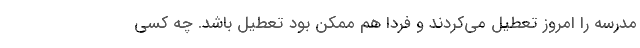
مدرسه را امروز تعطیل می‌کردند و فردا هم ممکن بود تعطیل باشد. چه کسی